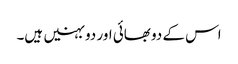
اس کے دو بھائی اور دو بہنیں ہیں۔